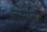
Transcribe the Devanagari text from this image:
जेर्मेनिया